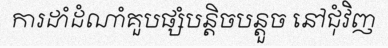
ការដាំដំណាំគួបផ្សំបន្តិចបន្តួច នៅជុំវិញ